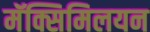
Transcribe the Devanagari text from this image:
मॅक्सिमिलयन